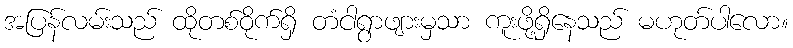
အပြန်လမ်းသည် ထိုတစ်ဝိုက်ရှိ တံငါရွာဖျားမှသာ ကူးဖို့ရှိနေသည် မဟုတ်ပါလော။